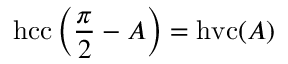
\operatorname { h c c } \left( { \frac { \pi } { 2 } } - A \right) = \operatorname { h v c } ( A )